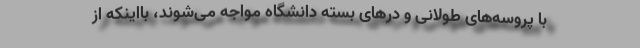
با پروسه‌های طولانی و درهای بسته دانشگاه مواجه می‌شوند، بااینکه از